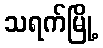
သရက်မြို့